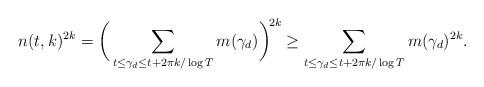
LaTeX: \begin{align*}n(t,k)^{2k} = \bigg(\sum_{ t\le \gamma_d\le t + 2\pi k/\log T} m(\gamma_d)\bigg)^{\!2k}\ge \sum_{ t\le \gamma_d\le t + 2\pi k/\log T} m(\gamma_d)^{2k}.\end{align*}